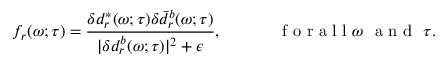
f _ { r } ( \omega ; \tau ) = \frac { \delta d _ { r } ^ { * } ( \omega ; \tau ) \delta \bar { d } _ { { r } } ^ { b } ( \omega ; \tau ) } { | \delta d _ { { r } } ^ { b } ( \omega ; \tau ) | ^ { 2 } + \epsilon } , \mathrm { ~ ~ ~ ~ ~ ~ ~ ~ ~ ~ ~ f ~ o ~ r ~ a ~ l ~ l ~ } \omega ~ \mathrm { ~ a ~ n ~ d ~ } ~ \tau .